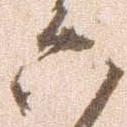
六